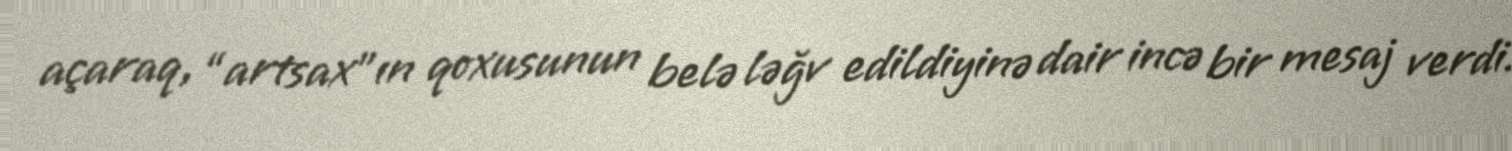
açaraq, “artsax”ın qoxusunun belə ləğv edildiyinə dair incə bir mesaj verdi.